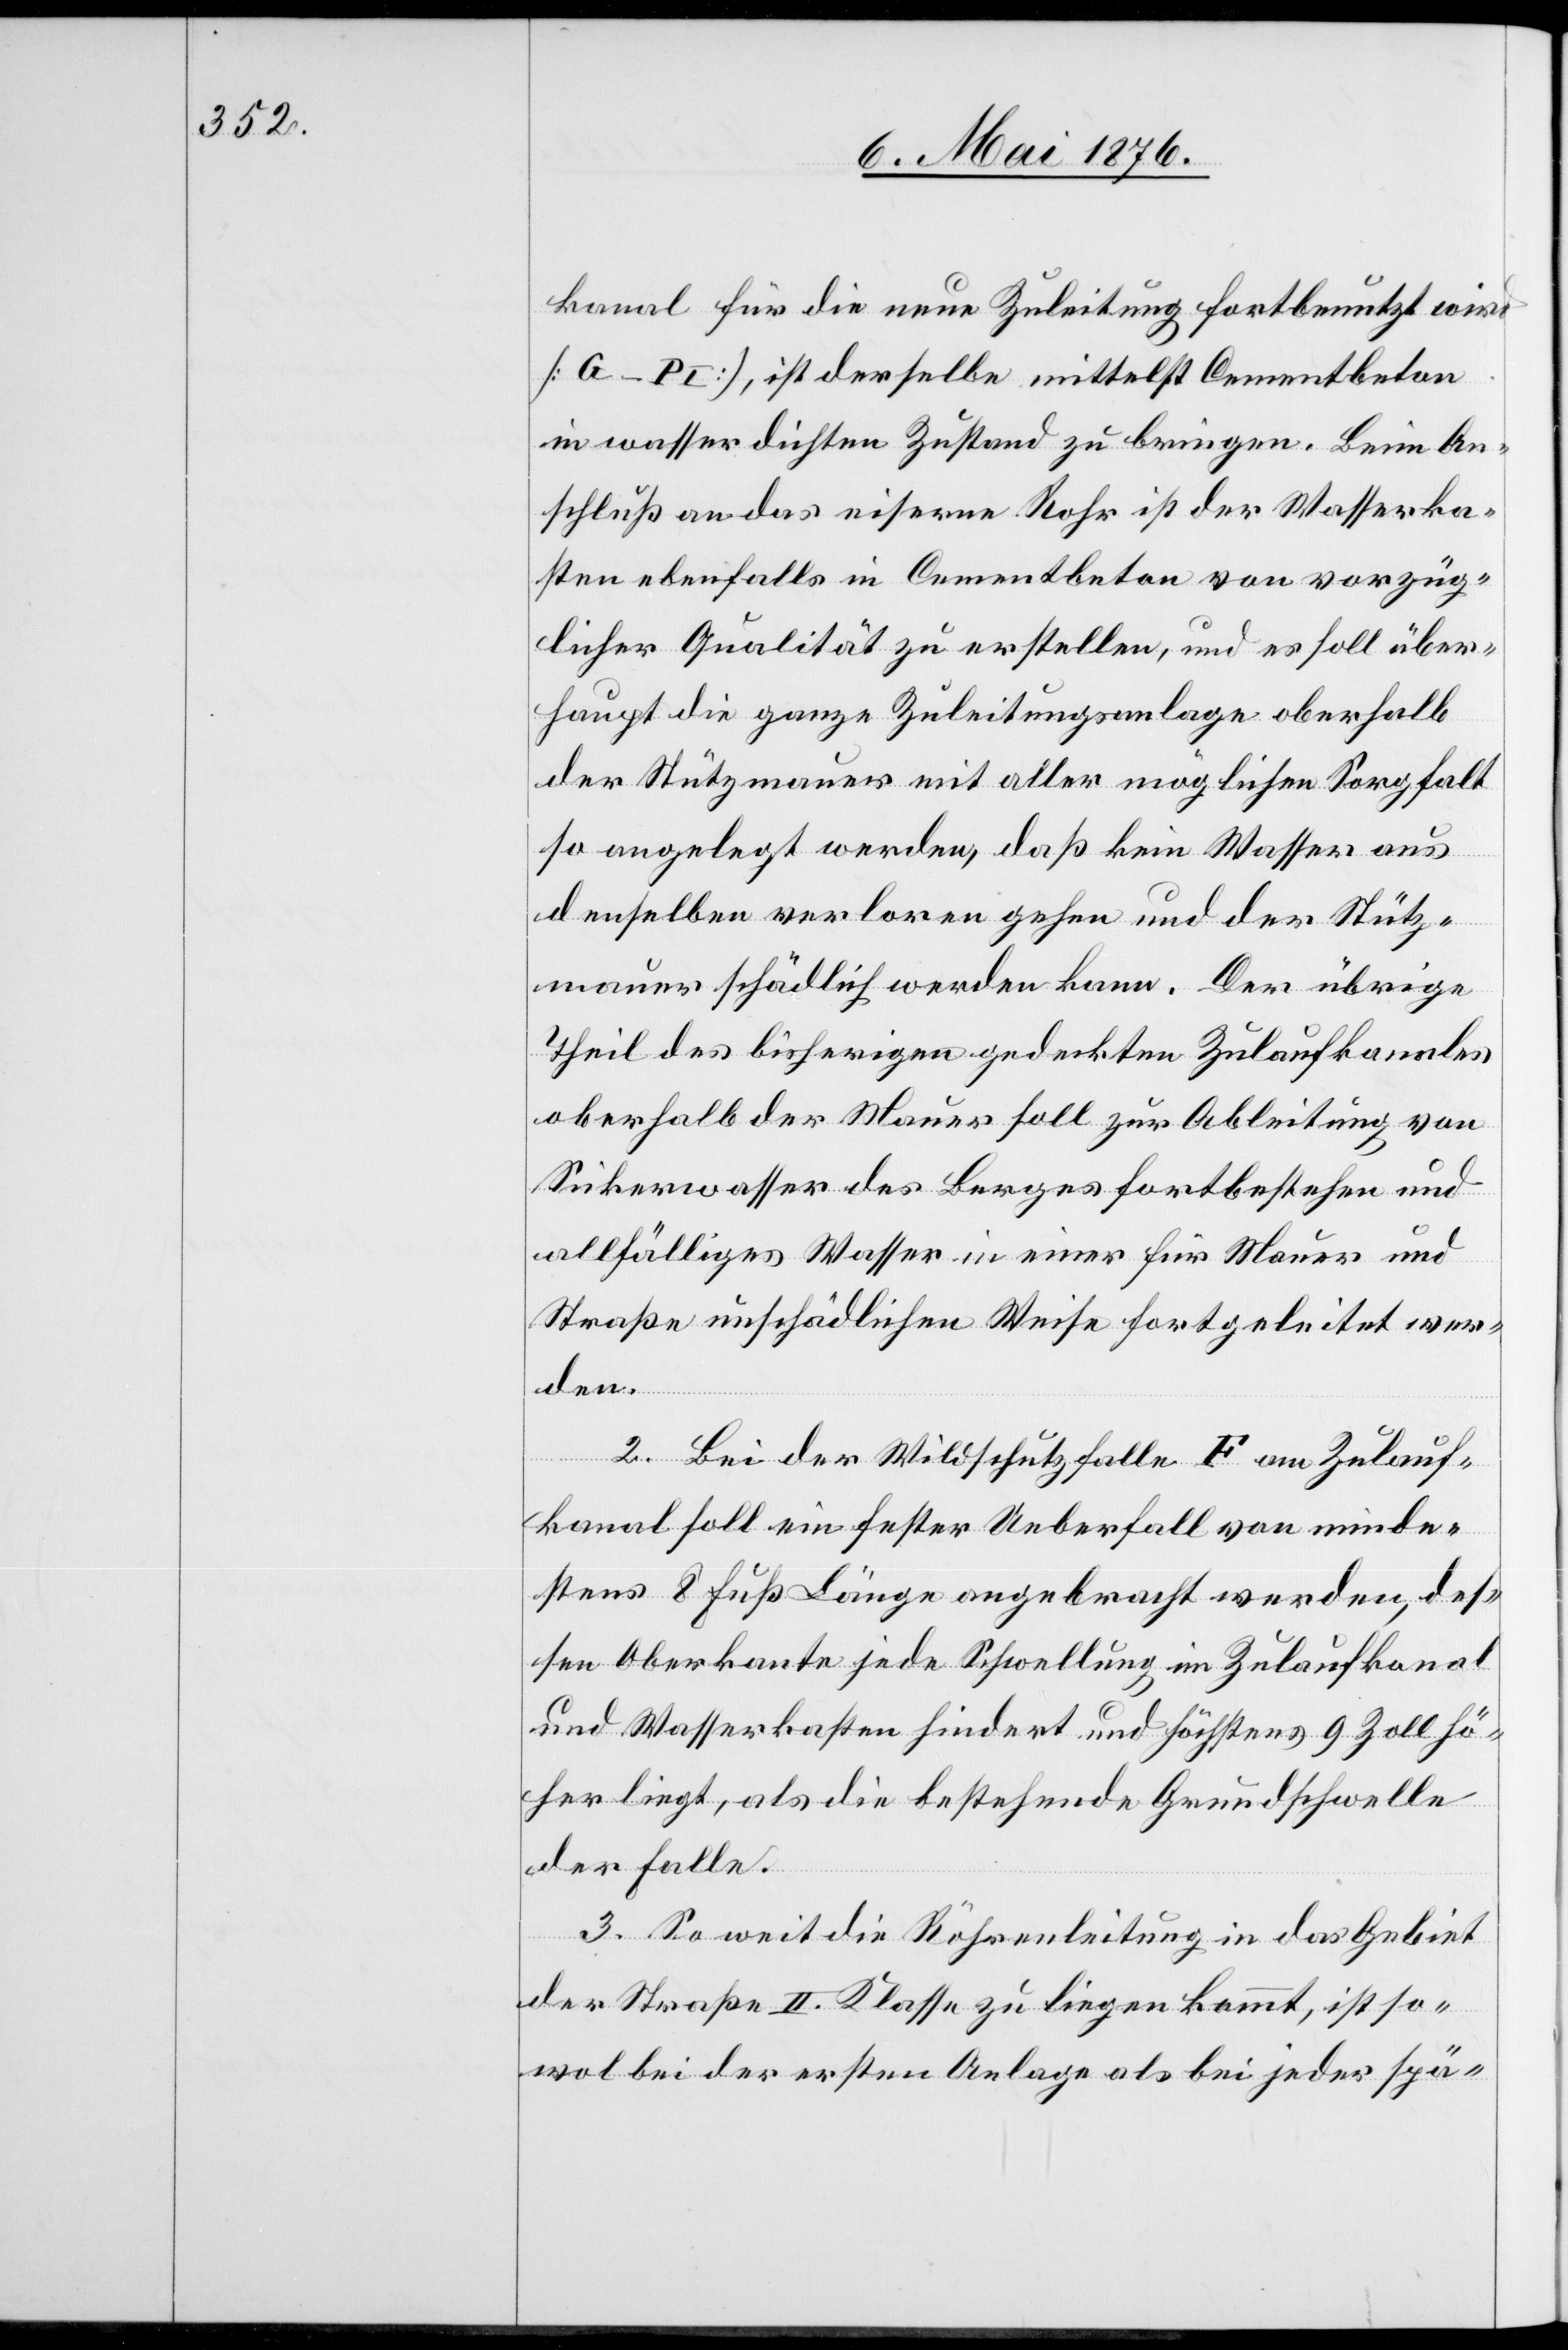
kanal für die neue Zuleitung fortbenutzt wird
[G–PI], ist derselbe mittelst Cementbeton
in wasserdichten Zustand zu bringen. Beim An¬
schluß an das eiserne Rohr ist der Wasserka¬
sten ebenfalls in Cementbeton von vorzüg¬
licher Qualität zu erstellen, und es soll über¬
haupt die ganze Zuleitungsanlage oberhalb
der Stützmauer mit aller möglichen Sorgfalt
so angelegt werden, daß kein Wasser aus
denselben verloren gehen und der Stütz¬
mauer schädlich werden kann. Der übrige
Theil des bisherigen gedeckten Zulaufkanales
oberhalb der Mauer soll zur Ableitung von
Sickerwasser des Berges fortbestehen und
allfälliges Wasser in einer für Mauer und
Straße unschädlichen Weise fortgeleitet wer¬
den.
2. Bei der Wildschutzfalle F am Zulauf¬
kanal soll ein fester Ueberfall von minde¬
stens 8 Fuß Länge angebracht werden, des¬
sen Oberkante jede Schwellung im Zulaufkanal
und Wasserkasten hindert und höchstens 9 Zoll hö¬
her liegt, als die bestehende Grundschwelle
der Falle.
3. So weit die Röhrenleitung in das Gebiet
der Straße II. Klasse zu liegen kommt, ist so¬
wol bei der ersten Anlage als bei jeder spä-